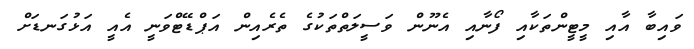
ވައިބާ އާއި މީޓީންތަކާއި ފޯނާއި އެނޫން ވަސީލަތްތަކުގެ ތެރެއިން އަޕްޑޭޓްވަނީ އެއީ އަޅުގަނޑަށް